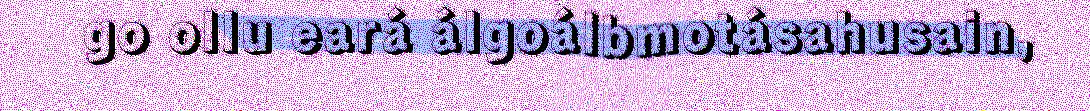
go ollu eará álgoálbmotásahusain,